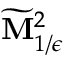
\widetilde { \mathbf { M } } _ { 1 / \epsilon } ^ { 2 }